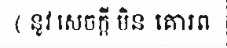
( នូវ សេចក្តី មិន គោរព